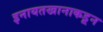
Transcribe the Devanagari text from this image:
इनायतखानाकडून